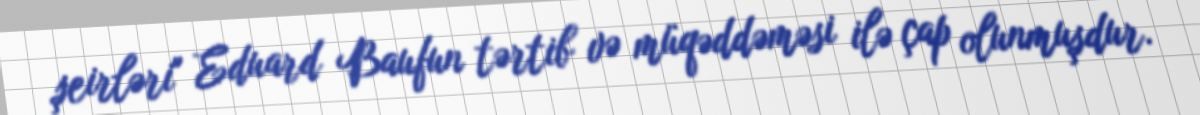
şeirləri" Eduard Baufun tərtib və müqəddəməsi ilə çap olunmuşdur.